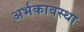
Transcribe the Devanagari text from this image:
अर्भकावस्था